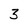
Character: 3